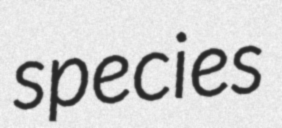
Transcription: species